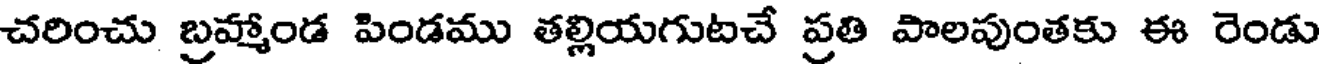
చరించు బ్రహ్మాండ పిండము తల్లియగుటచే ప్రతి పాలపుంతకు ఈ రెండు